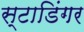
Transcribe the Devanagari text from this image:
स्टाडिंगर